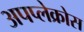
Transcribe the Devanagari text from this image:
अपप्लेक्रोस